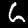
Digit: 6